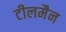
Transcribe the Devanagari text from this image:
टीलमैन